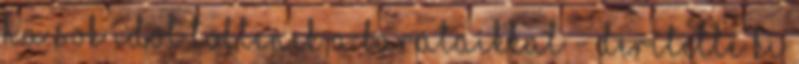
ha sok idõt töltenek a barátaikkal - derítette ki